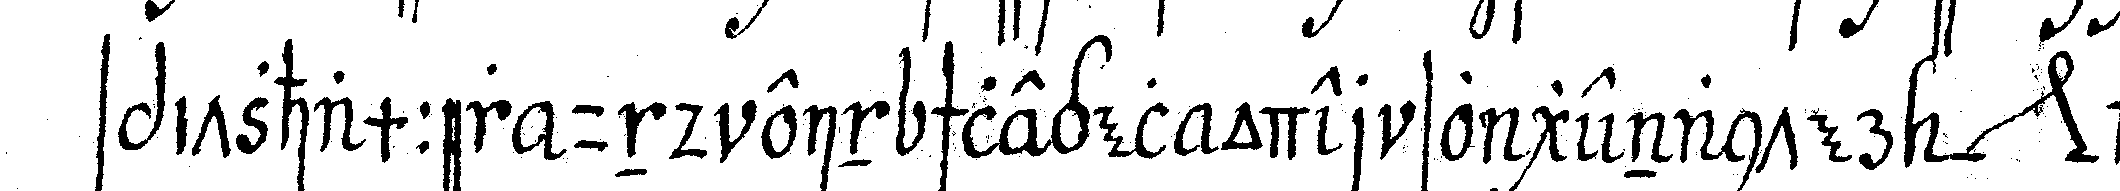
spitzhammer und ein schlegel oder so genanter *nee* ha